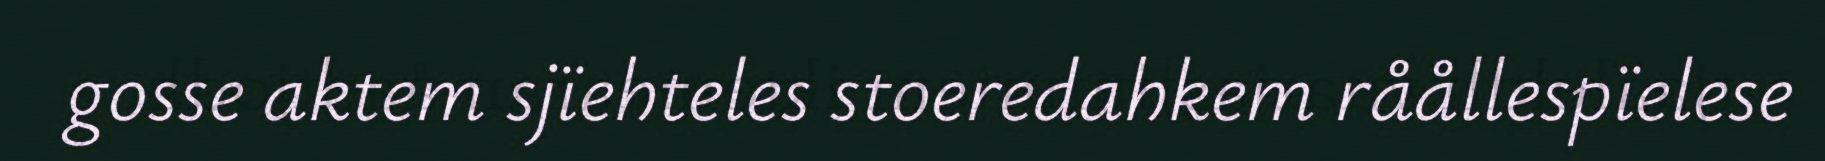
gosse aktem sjïehteles stoeredahkem råållespïelese